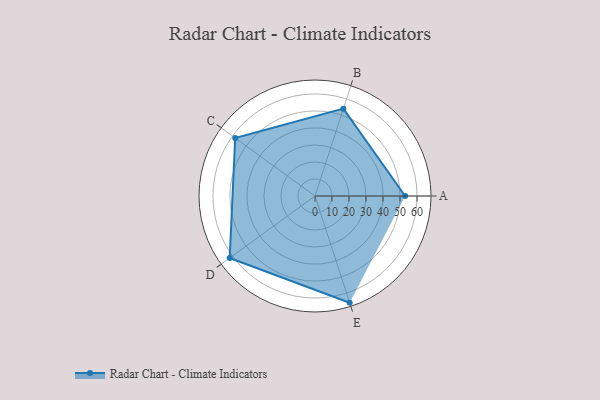
{"axis": {"x": "Skill", "y": "Score"}, "legend": ["Profile"], "data": [{"x": "A", "y": 53.0, "type": "Profile"}, {"x": "B", "y": 54.0, "type": "Profile"}, {"x": "C", "y": 58.0, "type": "Profile"}, {"x": "D", "y": 62.0, "type": "Profile"}, {"x": "E", "y": 66.0, "type": "Profile"}]}